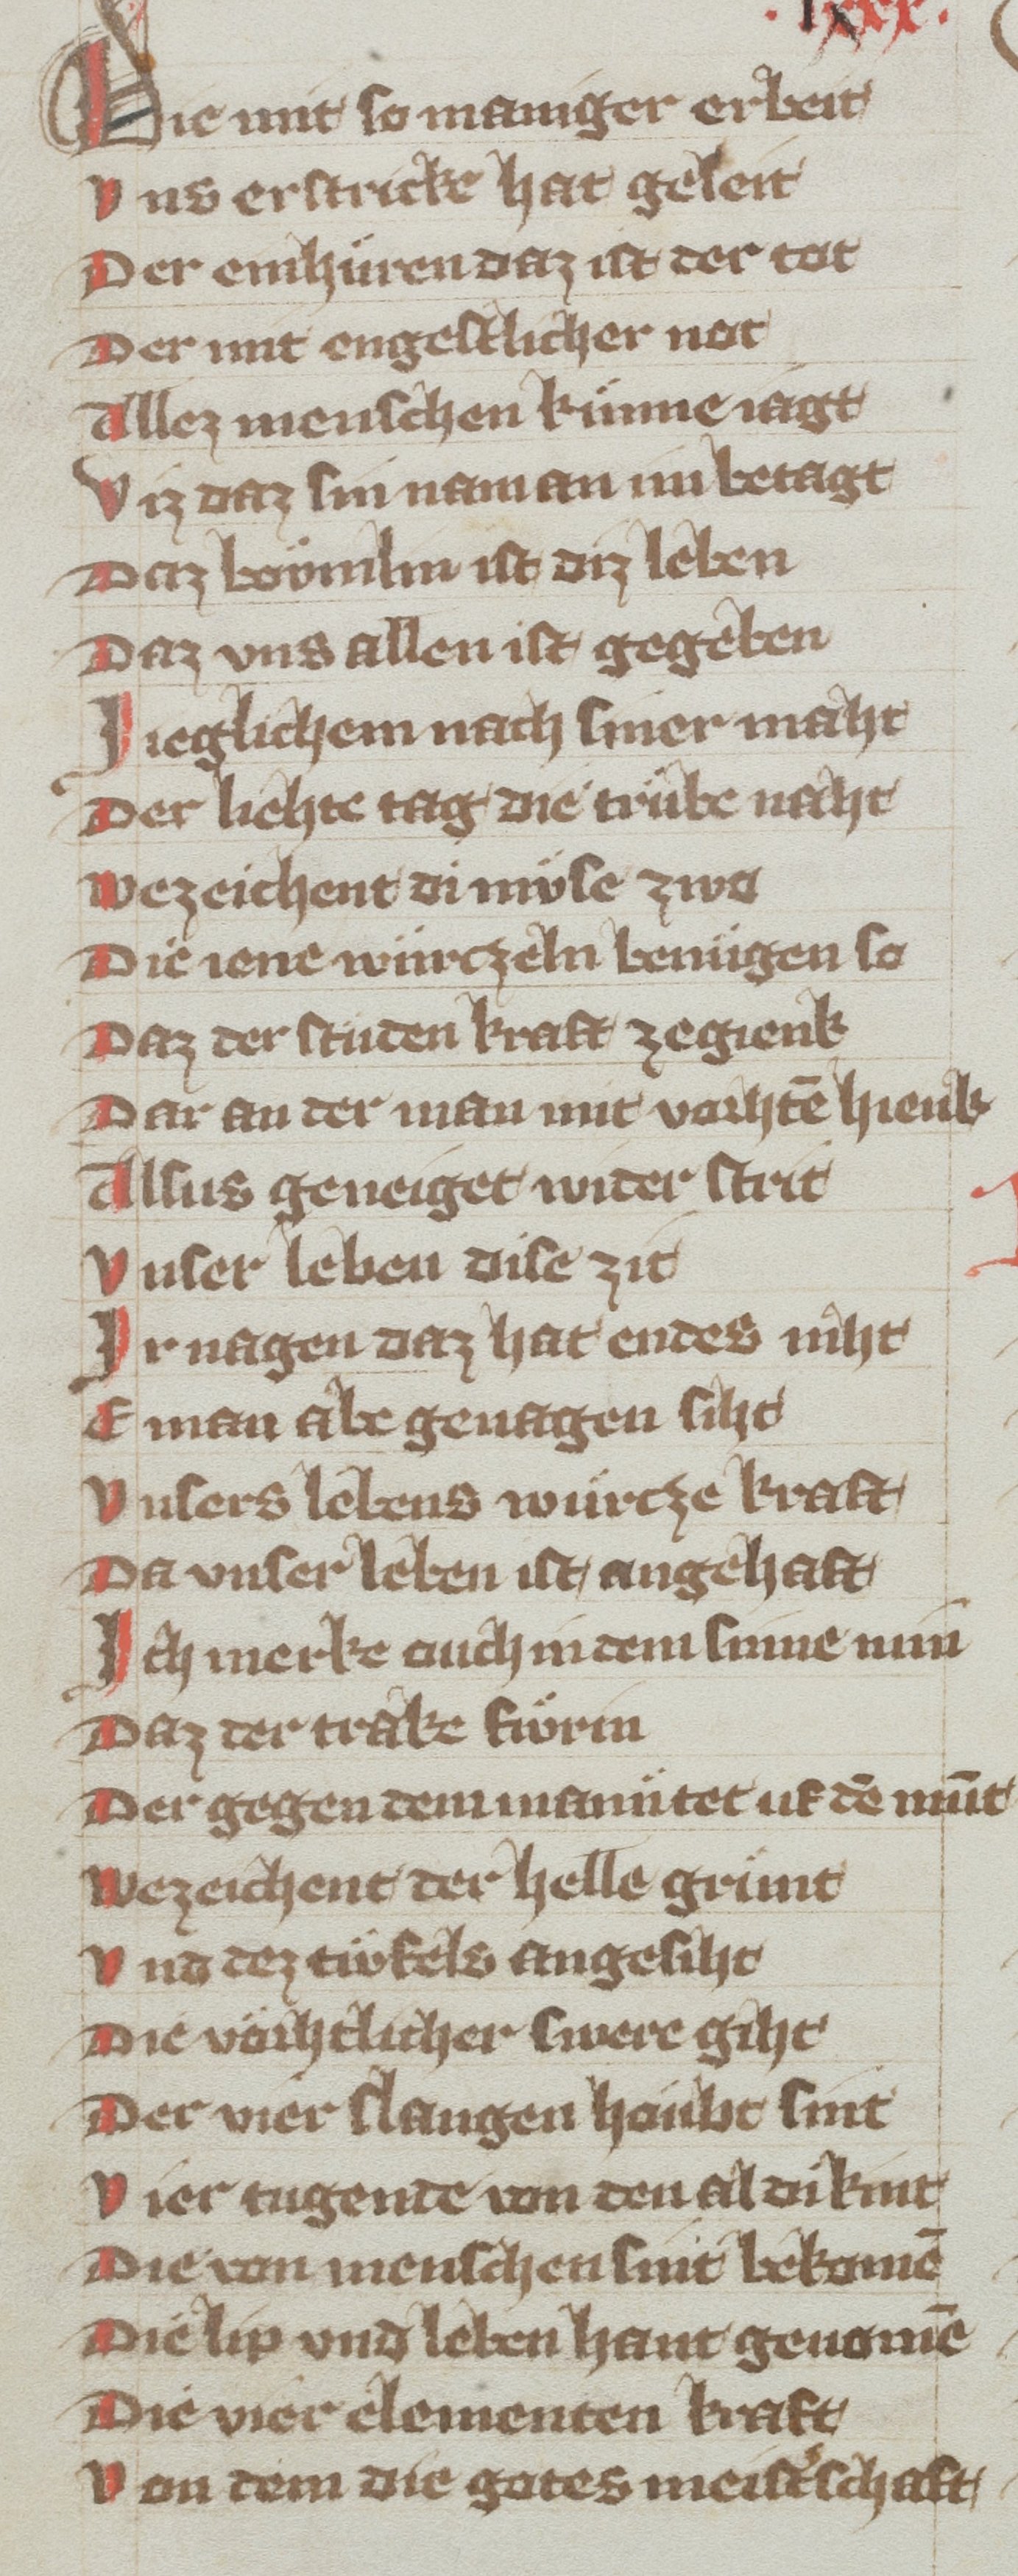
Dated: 1340–1359